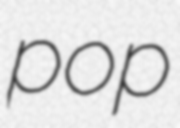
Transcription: pop